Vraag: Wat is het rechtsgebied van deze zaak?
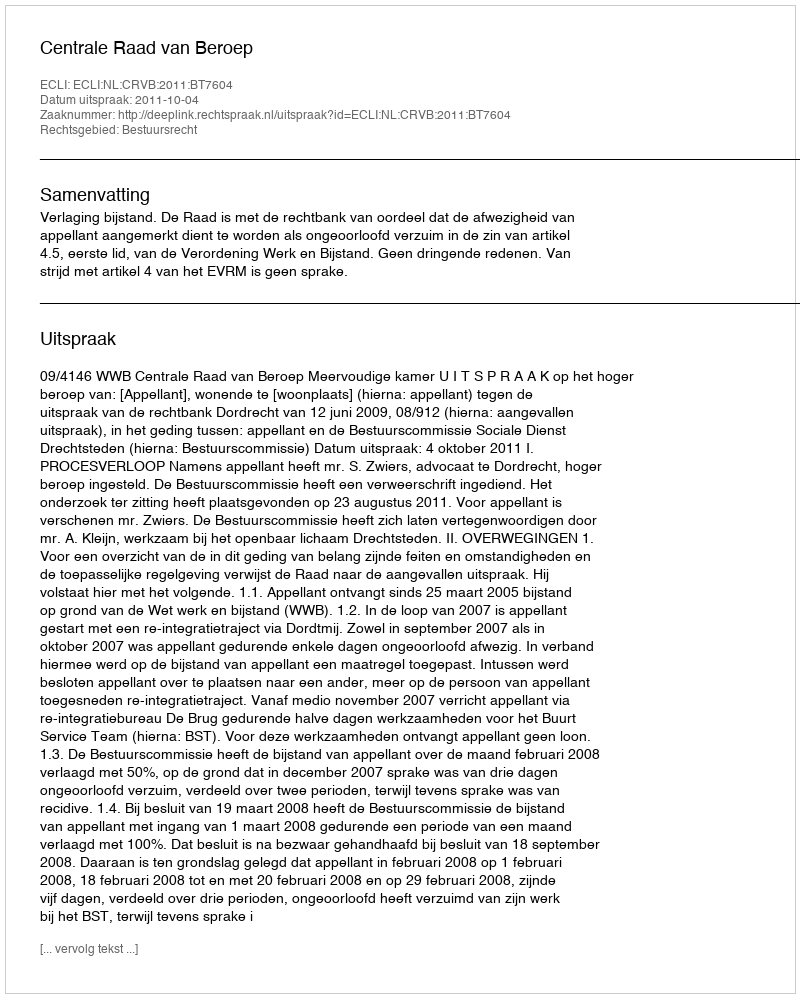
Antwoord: Bestuursrecht